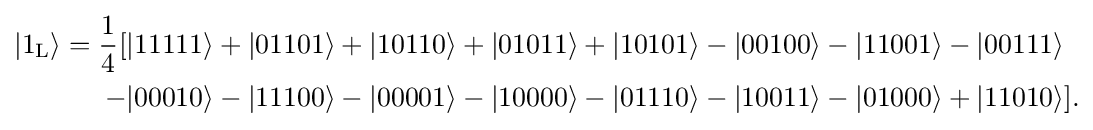
{\begin{aligned}|1_{\rm {L}}\rangle ={\frac {1}{4}}[&|11111\rangle +|01101\rangle +|10110\rangle +|01011\rangle +|10101\rangle -|00100\rangle -|11001\rangle -|00111\rangle \\-&|00010\rangle -|11100\rangle -|00001\rangle -|10000\rangle -|01110\rangle -|10011\rangle -|01000\rangle +|11010\rangle ].\end{aligned}}